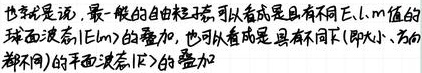
也就是说，最一般的由粒态，可以看成是具有不同\(l、m\)值的球面波态\(\vert Elm\rangle\)的叠加，也可以看成是具有不同\(k\)（即大小、方向都不同）的平面波态\(\vert k\rangle\)的叠加。